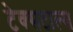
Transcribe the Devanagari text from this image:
टेक्सटाल्स